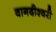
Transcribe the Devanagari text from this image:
वागदीश्वरी